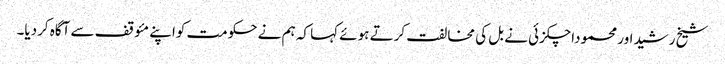
شیخ رشیداور محموداچکزئی نے بل کی مخالفت کرتے ہوئے کہا کہ ہم نے حکومت کواپنے مئوقف سے آگاہ کردیا۔